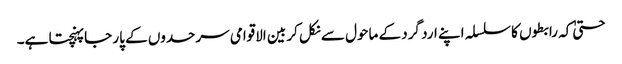
حتیٰ کہ رابطوں کا سلسلہ اپنے ارد گرد کے ماحول سے نکل کر بین الاقوامی سرحدوں کے پار جا پہنچتا ہے۔